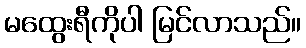
မထွေးရီကိုပါ မြင်လာသည်။